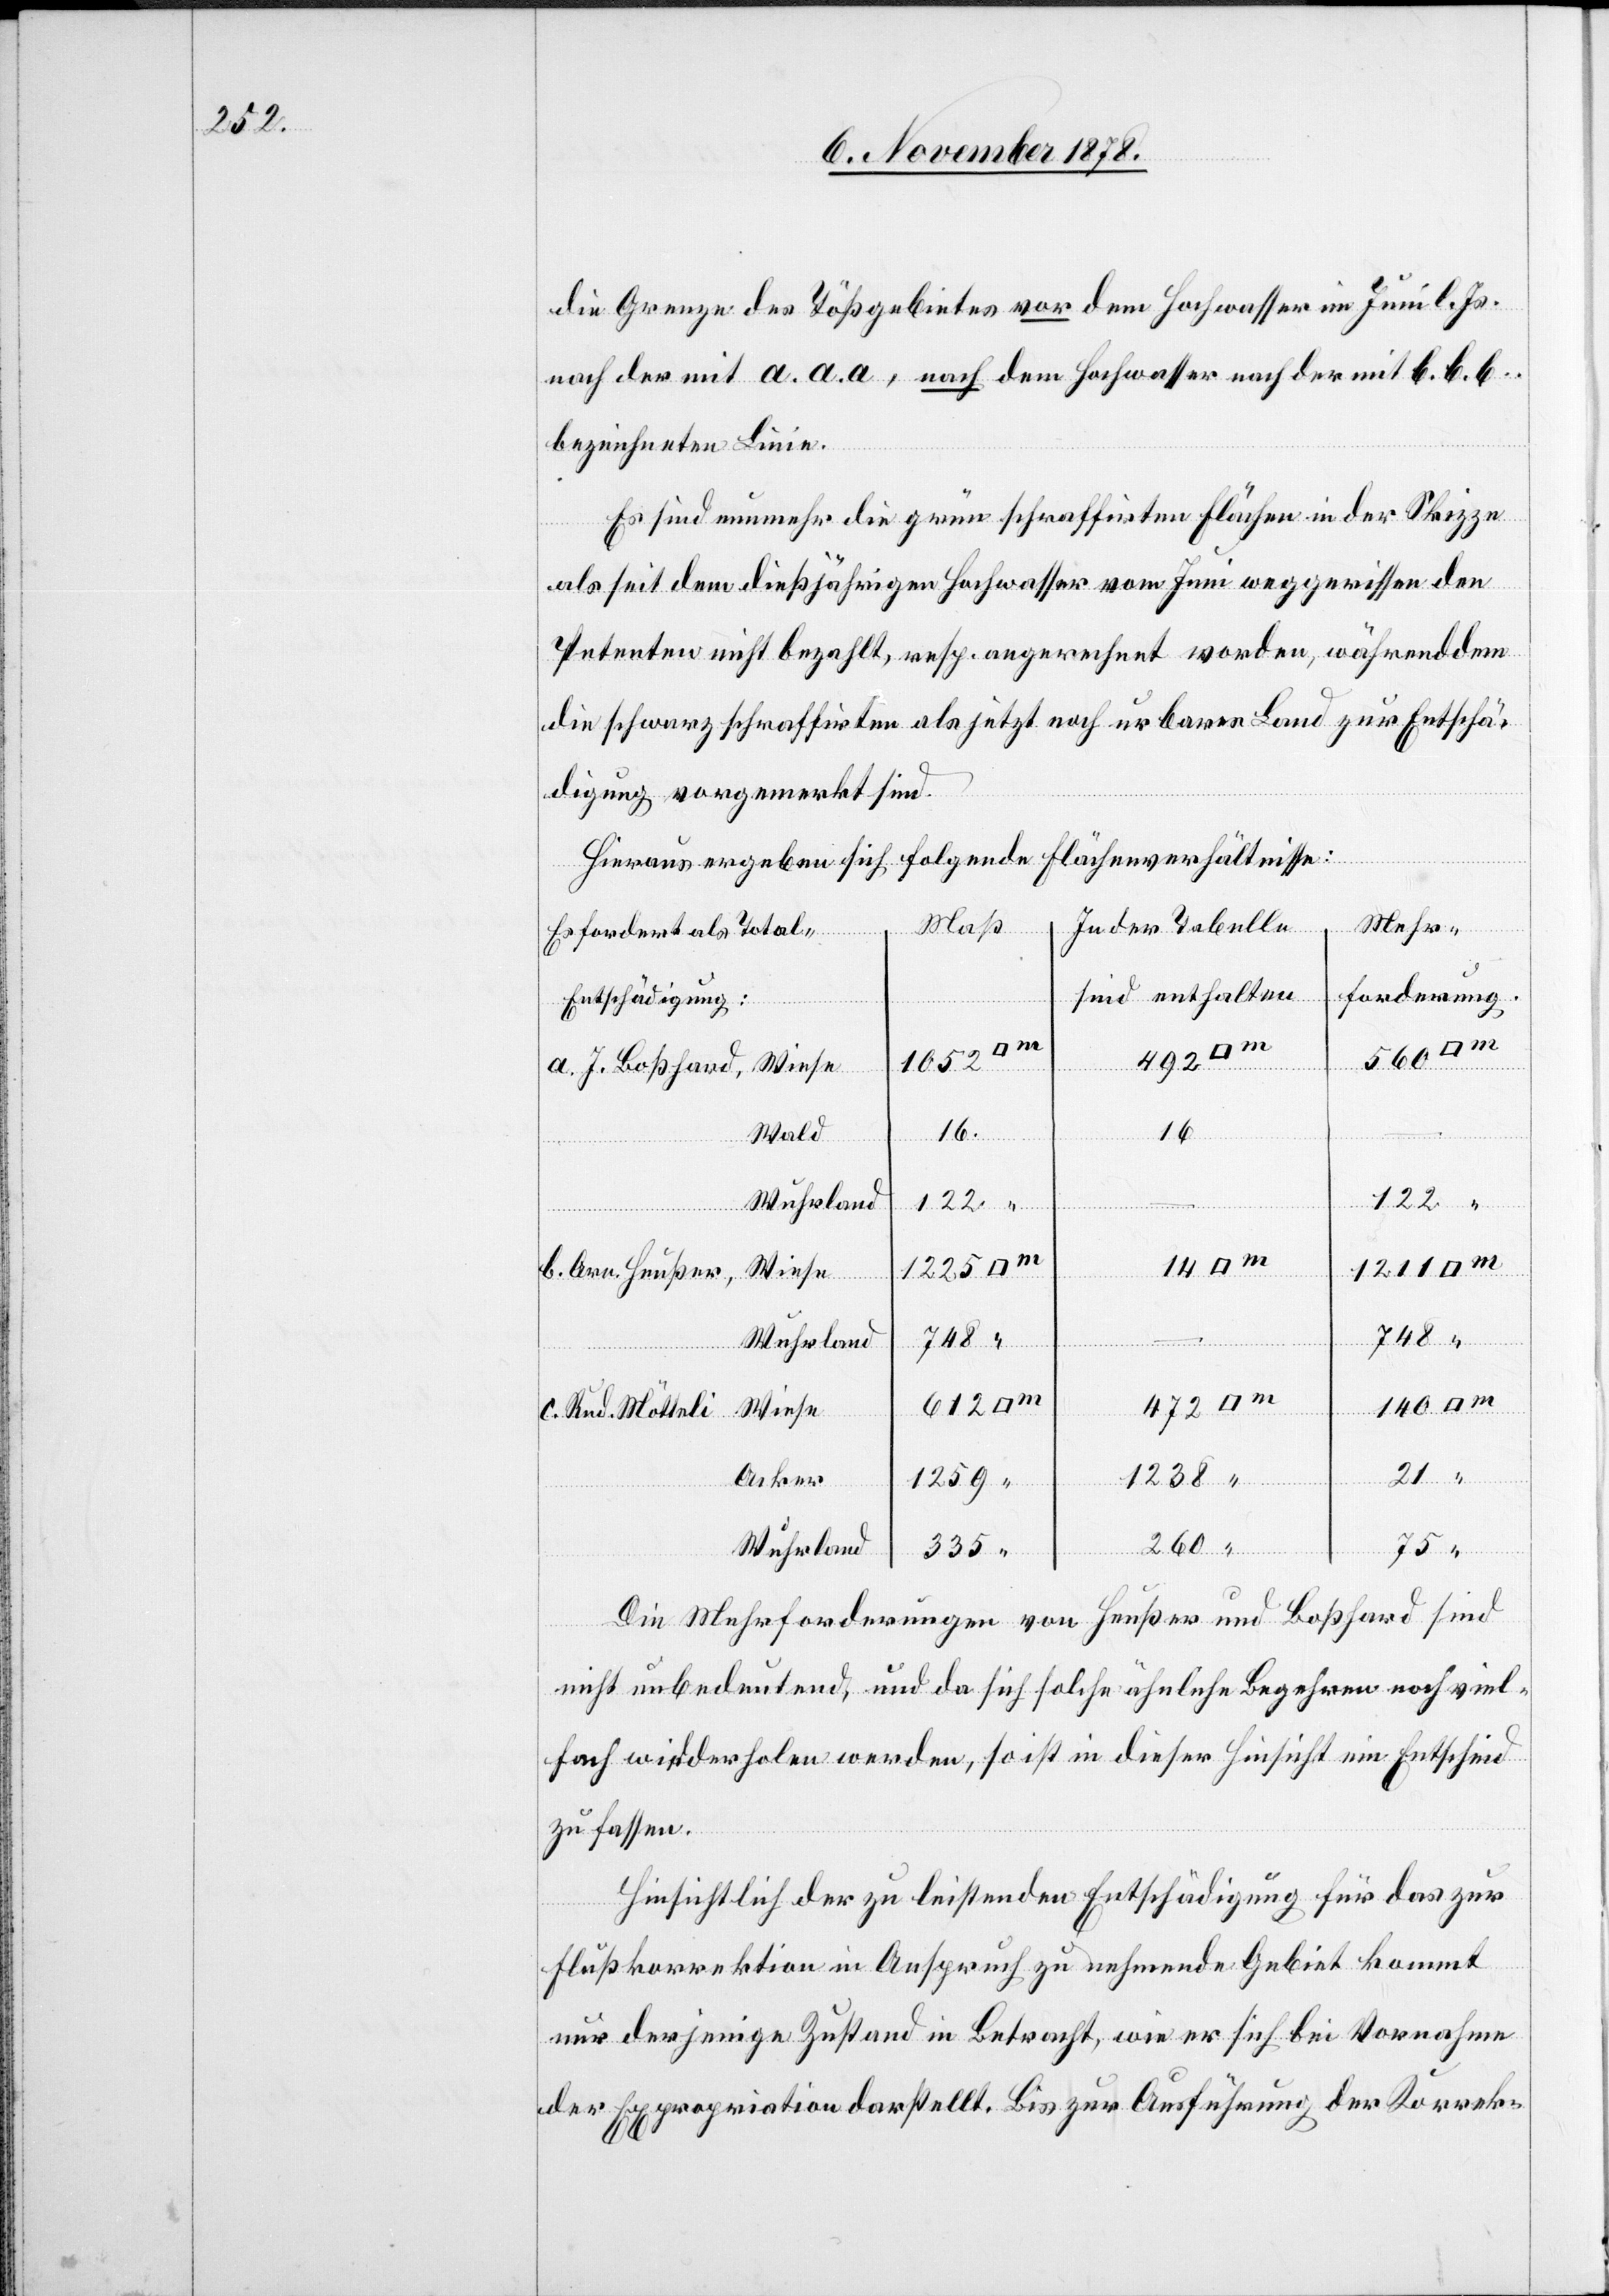
die Grenze des Tößgebietes vor dem Hochwasser im Juni l. Js.
nach der mit a. a. a, nach dem Hochwasser nach der mit b. b. b.
bezeichneten Linie.
Es sind nunmehr die grün schraffirten Flächen in der Skizze
als seit dem dießjährigen Hochwasser vom Juni weggerissen den
Petenten nicht bezahlt, resp. angerechnet worden, währenddem
die schwarz schraffirten als jetzt noch urbaren Land zur Entschä¬
digung vorgemerkt sind.
Hieraus ergeben sich folgende Flächenverhältnisse:
Maß
Mehr¬
Jeder Tabelle
Erfordert als Total-E¬
forderung
sind enthalten
ntschädigung
260 “
492
a. J. Boßhard, Wiese
Wald
Wuhrland
1225
1238 “
140
1211
b. Arn. Heußer,
Wiese
748 “
748 “
472
612
c. Rud. Mötteli, Wiese
21 “
Acker
1259 “
75 “
335 “
Die Mehrforderungen von Heußer und Boßhard sind
nicht unbedeutend, und da sich solche ähnliche Begehren noch viel¬
fach wiederholen werden, so ist in dieser Hinsicht ein Entscheid
zu fassen.
Hinsichtlich der zu leistenden Entschädigung für das zur
Flußkorrektion in Anspruch zu nehmende Gebiet kommt
nur derjenige Zustand in Betracht, wie er sich bei Vornahme
der Expropriation darstellt. Bis zur Ausführung der Korrek-